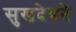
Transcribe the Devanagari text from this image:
सुखदेवने